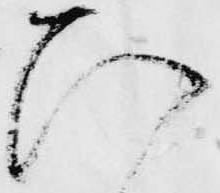
ひ